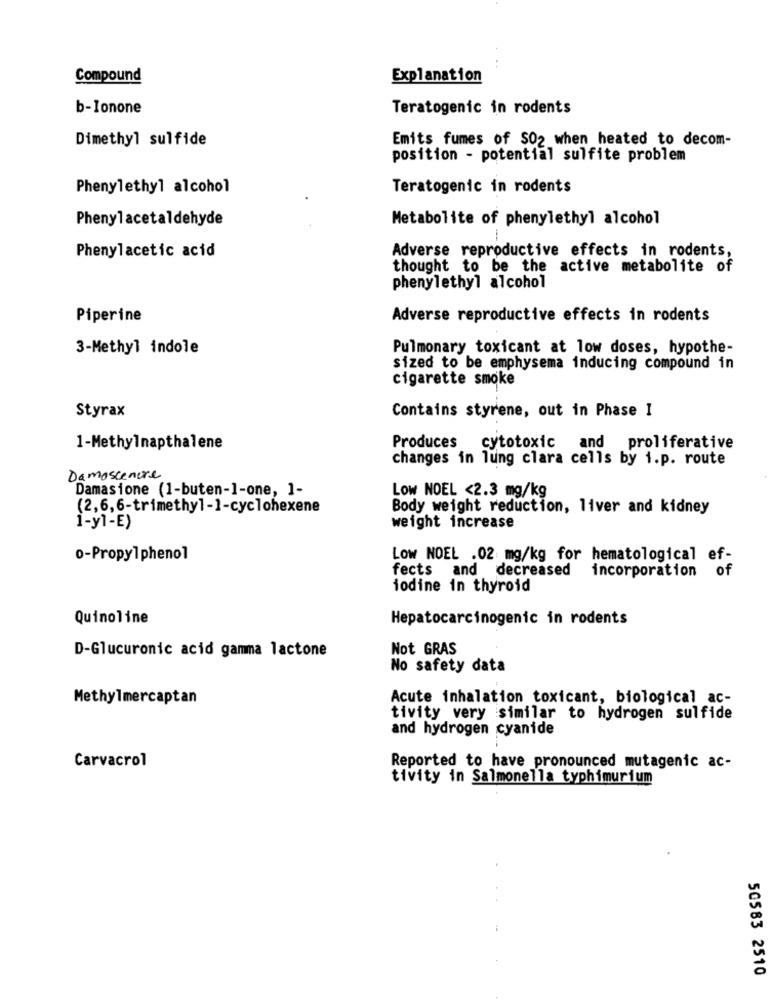
Compound
Explanation
b-lonone
Teratogenic in rodents
Dimethyl sulfide
Emits fumes of $02 when heated to decom-
position - potential sulfite problem
Phenylethyl alcohol
Teratogenic in rodents
Phenylacetaldehyde
Metabolite of phenylethyl alcohol
Adverse reproductive effects in rodents,
Phenylacetic acid
thought to be the active metabolite of
phenylethyl alcohol
Piperine
Adverse reproductive effects in rodents
3-Methyl indole
Pulmonary toxicant at low doses, hypothe-
sized to be emphysema inducing compound in
cigarette smoke
Styrax
Contains styrene, out in Phase 1
Produces
1-Methylnapthalene
cytotoxic
and proliferative
changes in lung clara cells by i.p. route
Damoscentre
Damasione (1-buten-1-one, ]-
Low NOEL <2.3 mg/kg
(2,6,6-trimethyl-1-cyclohexene
Body weight reduction, liver and kidney
1-yl-E)
weight increase
0-Propyl phenol
Low NOEL .02 mg/kg for hematological ef-
fects and decreased
incorporation
of
iodine in thyroid
Quinoline
Hepatocarcinogenic in rodents
D-Glucuronic acid gamma lactone
Not GRAS
No safety data
Methylmercaptan
Acute inhalation toxicant, biological ac-
tivity very similar to hydrogen sulfide
and hydrogen cyanide
Carvacrol
Reported to have pronounced mutagenic ac-
tivity in Salmonella typhimurium
50583 2510